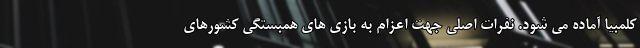
کلمبیا آماده می شود. نفرات اصلی جهت اعزام به بازی های همبستگی کشورهای